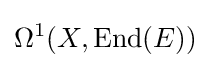
\Omega ^{1}(X,\operatorname {End} (E))